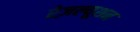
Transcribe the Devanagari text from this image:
रेज़ल्यूशन